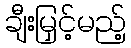
ချီးမြှင့်မည့်